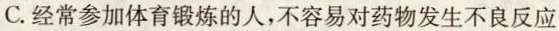
C.经常参加体育锻炼的人，不容易对药物发生不良反应